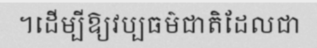
។ដើម្បីឱ្យវប្បធម៌ជាតិដែលជា